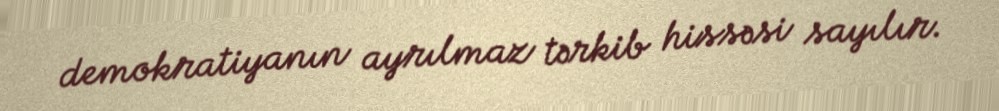
demokratiyanın ayrılmaz tərkib hissəsi sayılır.